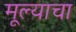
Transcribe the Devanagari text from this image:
मूल्याचा